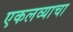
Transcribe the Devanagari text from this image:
एकलव्याचा